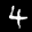
Label: 4